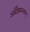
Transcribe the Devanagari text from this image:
अबेँडकरनगर